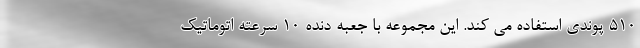
510 پوندی استفاده می کند. این مجموعه با جعبه دنده 10 سرعته اتوماتیک